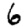
Digit: 6